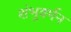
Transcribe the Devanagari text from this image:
शंभुवर्मन